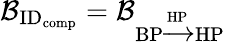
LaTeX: \mathcal{B}_{\textrm{ID}_{\textrm{comp}}}=\mathcal{B}_{\textrm{BP}\xrightarrow{\textrm{HP}}\textrm{HP}}